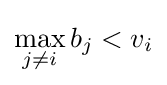
\max _{j\neq i}b_{j}<v_{i}